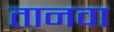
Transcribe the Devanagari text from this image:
तानवा